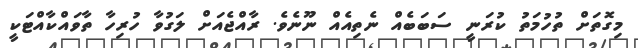
މިގޮތަށް ތުހުމަތު ކުރަނީ ސަބަބެއް ނެތިއެއް ނޫނެވެ. ރާއްޖެއަށް ލަގުވާ ހުރިހާ ތާވައްކާއްޓަކީ